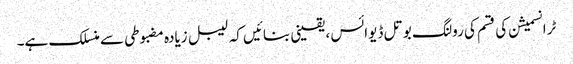
ٹرانسمیشن کی قسم کی رولنگ بوتل ڈیوائس ، یقینی بنائیں کہ لیبل زیادہ مضبوطی سے منسلک ہے۔